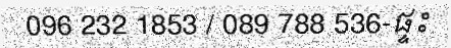
096 232 1853 / 089 788 536-ផ្ទះ